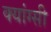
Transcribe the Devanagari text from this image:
क्यांग्सी